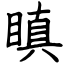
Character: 瞋